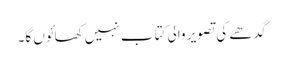
گدھے کی تصویر والی کتاب نہیں کھائوں گا۔